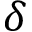
\delta